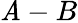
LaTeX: \mathit{A}-B